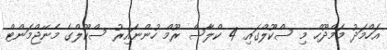
އަހްމަދު މަމްދޫހް މި ސްކޫލްގައި 4 ކްލާސް ރޫމް ހުންނައިރު ސްކޫލްގެ މެނޭޖްމަންޓް